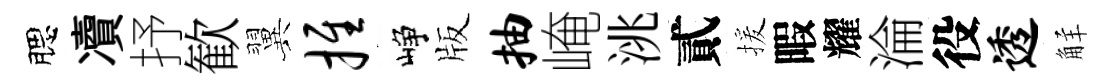
腮凟抒歓翼推峥版抽崦洮貳援暇耀淪役透觧